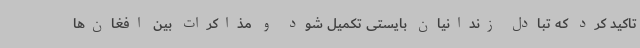
تاکید کرد که تبادل زندانیان بایستی تکمیل شود و مذاکرات بین افغان‌ها